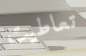
تعاطيت